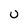
Character: u